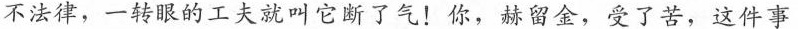
不法律，一转眼的工夫就叫它断了气!你，赫留金，受了苦，这件事